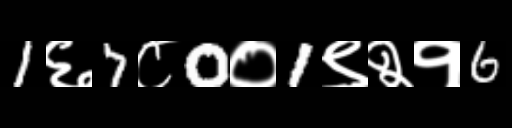
Text: 1६7८0०1९२१6